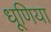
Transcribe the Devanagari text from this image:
धूणिया